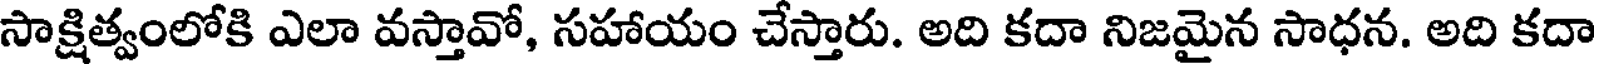
సాక్షిత్వంలోకి ఎలా వస్తావో, సహాయం చేస్తారు. అది కదా నిజమైన సాధన. అది కదా